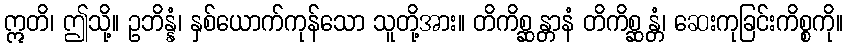
ဣတိ၊ ဤသို့။ ဥဘိန္နံ၊ နှစ်ယောက်ကုန်သော သူတို့အား။ တိကိစ္ဆန္တာနံ တိကိစ္ဆန္တံ၊ ဆေးကုခြင်းကိစ္စကို။